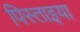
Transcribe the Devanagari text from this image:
पिस्ताइया